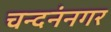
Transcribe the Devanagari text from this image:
चन्दनंनगर